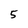
Character: 5